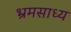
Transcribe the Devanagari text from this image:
भ्रमसाध्य